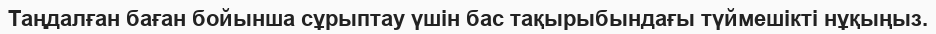
Таңдалған баған бойынша сұрыптау үшін бас тақырыбындағы түймешікті нұқыңыз.